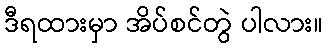
ဒီရထားမှာ အိပ်စင်တွဲ ပါလား။